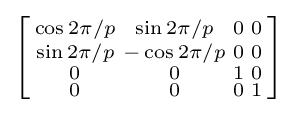
\left[{\begin{smallmatrix}\cos 2\pi /p&\sin 2\pi /p&0&0\\\sin 2\pi /p&-\cos 2\pi /p&0&0\\0&0&1&0\\0&0&0&1\\\end{smallmatrix}}\right]